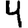
Digit: 4